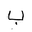
Letter: _ba